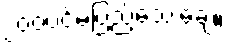
၂၀၀ပင်မပြည့်သေးချေ။